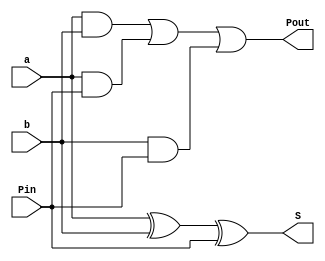
`timescale 1ns / 1ps



module fulladder(
                input   a,
                input   b,
                input   Pin,
                output  S,
                output  Pout 
    );
    
    assign S    = a ^ b ^ Pin;
    assign Pout = (a & b) | (a & Pin) | (b & Pin);
    
endmodule